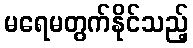
မရေမတွက်နိုင်သည့်